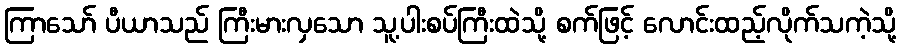
ကြာသော် ပီယာသည် ကြီးမားလှသော သူ့ပါးစပ်ကြီးထဲသို့ စက်ဖြင့် လောင်းထည့်လိုက်သကဲ့သို့